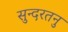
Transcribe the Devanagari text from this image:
सुन्दरतनु